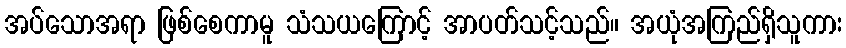
အပ်သောအရာ ဖြစ်စေကာမူ သံသယကြောင့် အာပတ်သင့်သည်။ အယုံအကြည်ရှိသူကား